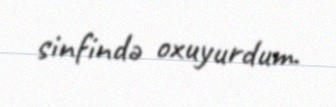
sinfində oxuyurdum.